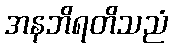
အနဘိရတိသညံ